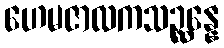
ဟေမဇာလကသဉ္ဆန္နေ